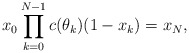
\begin{align*}x_0 \prod \limits_{k=0}^{N-1} c(\theta_k)(1-x_k) = x_N,\end{align*}